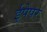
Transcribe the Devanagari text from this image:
ईपेपर